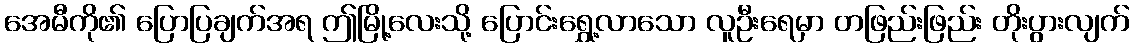
အေမီကို၏ ပြောပြချက်အရ ဤမြို့လေးသို့ ပြောင်းရွှေ့လာသော လူဦးရေမှာ တဖြည်းဖြည်း တိုးပွားလျက်